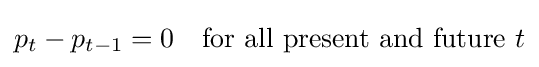
p_{t}-p_{t-1}=0\quad {\text{for all present and future }}t